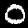
Digit: 0